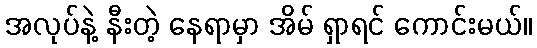
အလုပ်နဲ့ နီးတဲ့ နေရာမှာ အိမ် ရှာရင် ကောင်းမယ်။